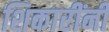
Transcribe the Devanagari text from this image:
शिकारींनी